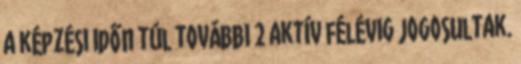
a képzési időn túl további 2 aktív félévig jogosultak.